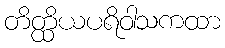
တိတ္ထိယပရိဝါသကထာ